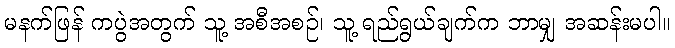
မနက်ဖြန် ကပွဲအတွက် သူ့ အစီအစဉ်၊ သူ့ ရည်ရွယ်ချက်က ဘာမျှ အဆန်းမပါ။